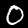
Digit: 0